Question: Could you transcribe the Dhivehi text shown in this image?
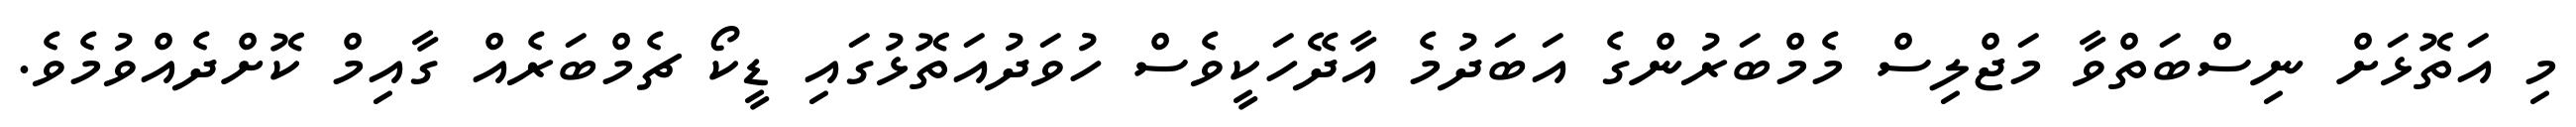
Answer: މި އަތޮޅަށް ނިސްބަތްވާ މަޖްލިސް މެމްބަރުންގެ އަބަދުމެ އާދޭހަކީވެސް ހުވަދުއަތޮޅުގައި ޑީކޯ ޗެމްބަރެއް ގާއިމް ކޮށްދެއްވުމެވެ.